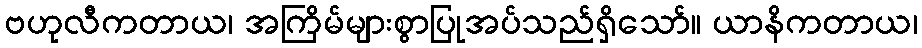
ဗဟုလီကတာယ၊ အကြိမ်များစွာပြုအပ်သည်ရှိသော်။ ယာနိကတာယ၊